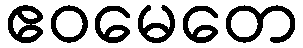
ဧဝမေတေ